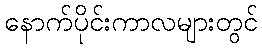
နောက်ပိုင်းကာလများတွင်